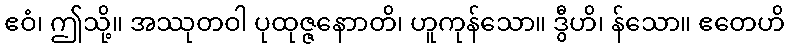
ဧဝံ၊ ဤသို့။ အဿုတဝါ ပုထုဇ္ဇနောာတိ၊ ဟူကုန်သော။ ဒွီဟိ၊ န်သော။ ဧတေဟိ